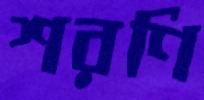
শরণি